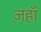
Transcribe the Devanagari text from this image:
ज़हाँ